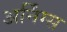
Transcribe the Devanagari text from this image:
अर्निंग्स